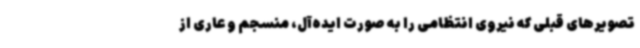
تصویرهای قبلی که نیروی انتظامی را به صورت ایده‌آل، منسجم و عاری از